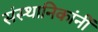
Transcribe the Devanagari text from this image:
संस्थानिकांनीं